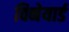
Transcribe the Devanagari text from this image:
विनेयार्ड